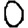
Digit: 0